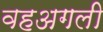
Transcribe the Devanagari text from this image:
वहअगली